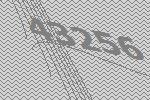
43256